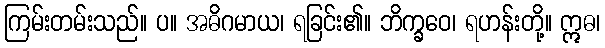
ကြမ်းတမ်းသည်။ ပ။ အဓိဂမာယ၊ ရခြင်း၏။ ဘိက္ခဝေ၊ ရဟန်းတို့။ ဣဓ၊